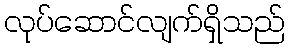
လုပ်ဆောင်လျက်ရှိသည်